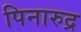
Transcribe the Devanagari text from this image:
पिनारुद्र